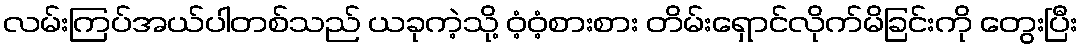
လမ်းကြပ်အယ်ပါတစ်သည် ယခုကဲ့သို့ ဝံ့ဝံ့စားစား တိမ်းရှောင်လိုက်မိခြင်းကို တွေးပြီး